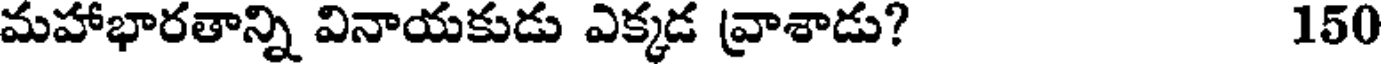
మహాభారతాన్ని వినాయకుడు ఎక్కడ వ్రాశాడు? 150